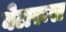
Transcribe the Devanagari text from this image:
बेलरूस